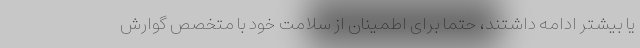
یا بیشتر ادامه داشتند، حتما برای اطمینان از سلامت خود با متخصص گوارش